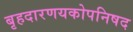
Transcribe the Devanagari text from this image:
बृहदारणयकोपनिषद